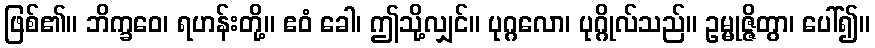
ဖြစ်၏။ ဘိက္ခဝေ၊ ရဟန်းတို့။ ဧဝံ ခေါ၊ ဤသို့လျှင်။ ပုဂ္ဂလော၊ ပုဂ္ဂိုလ်သည်။ ဥမ္မုဇ္ဇိတွာ၊ ပေါ်၍။